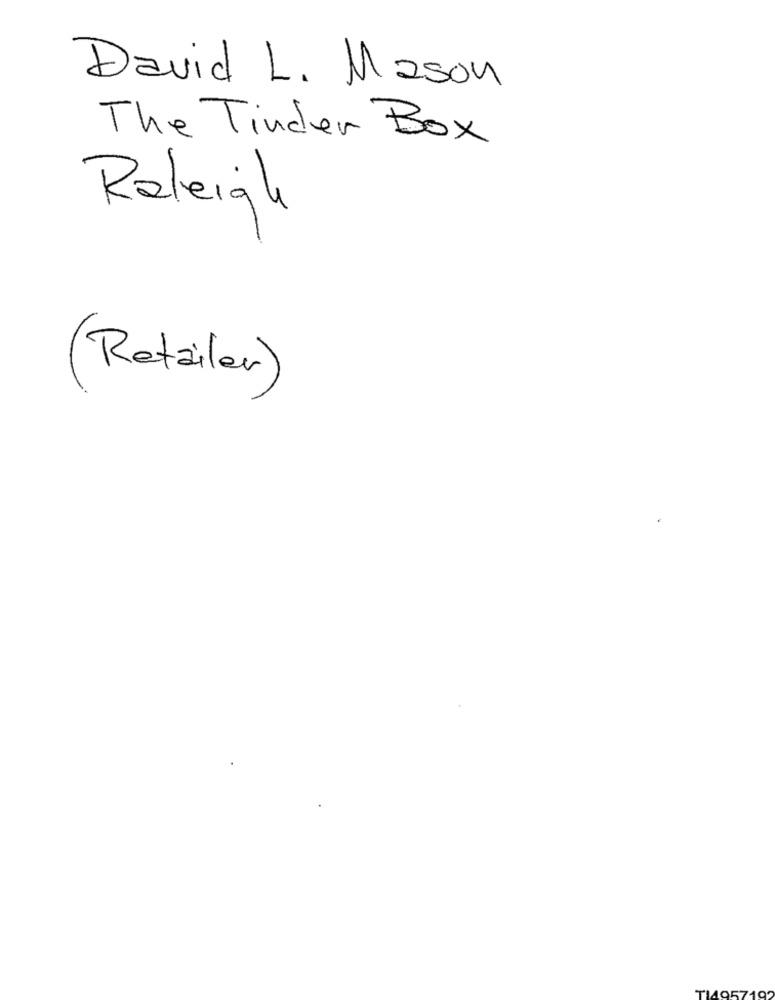
David L. Mason
The Tinder Box
Raleigh
(Retailer)
TI4957192